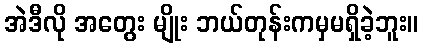
အဲဒီလို အတွေး မျိုး ဘယ်တုန်းကမှမရှိခဲ့ဘူး။